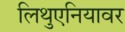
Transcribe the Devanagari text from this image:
लिथुएनियावर